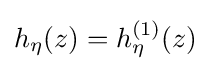
h_{\eta }(z)=h_{\eta }^{(1)}(z)